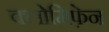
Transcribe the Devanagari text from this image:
क्लोमिफ़ेन